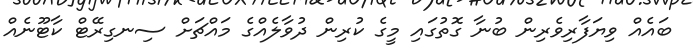
ބައެއް ވިޔަފާރިވެރިން ބުނާ ގޮތުގައި މީގެ ކުރިން ދުވާލެއްގެ މައްޗަށް ސިނގިރޭޓް ކާޓޫނެއް